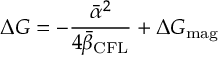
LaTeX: \Delta G = - \frac { { \bar { \alpha } } ^ { 2 } } { 4 { \bar { \beta } } _ { \mathrm { C F L } } } + \Delta G _ { \mathrm { m a g } }